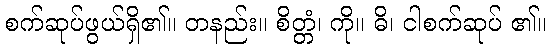
စက်ဆုပ်ဖွယ်ရှိ၏။ တနည်း။ စိတ္တံ၊ ကို။ ဓိ၊ ငါစက်ဆုပ် ၏။